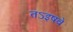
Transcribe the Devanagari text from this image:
तऽइषवे